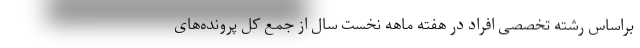
براساس رشته تخصصی افراد در هفته ماهه نخست سال از جمع کل پرونده‌های